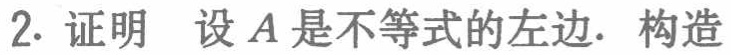
2. 证明 设 \(A\) 是不等式的左边. 构造